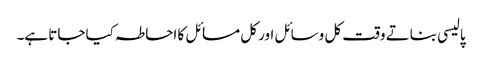
پالیسی بناتے وقت کل وسائل اور کل مسائل کا احاطہ کیا جاتا ہے۔